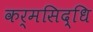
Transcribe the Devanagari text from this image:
कर्मसिद्धि